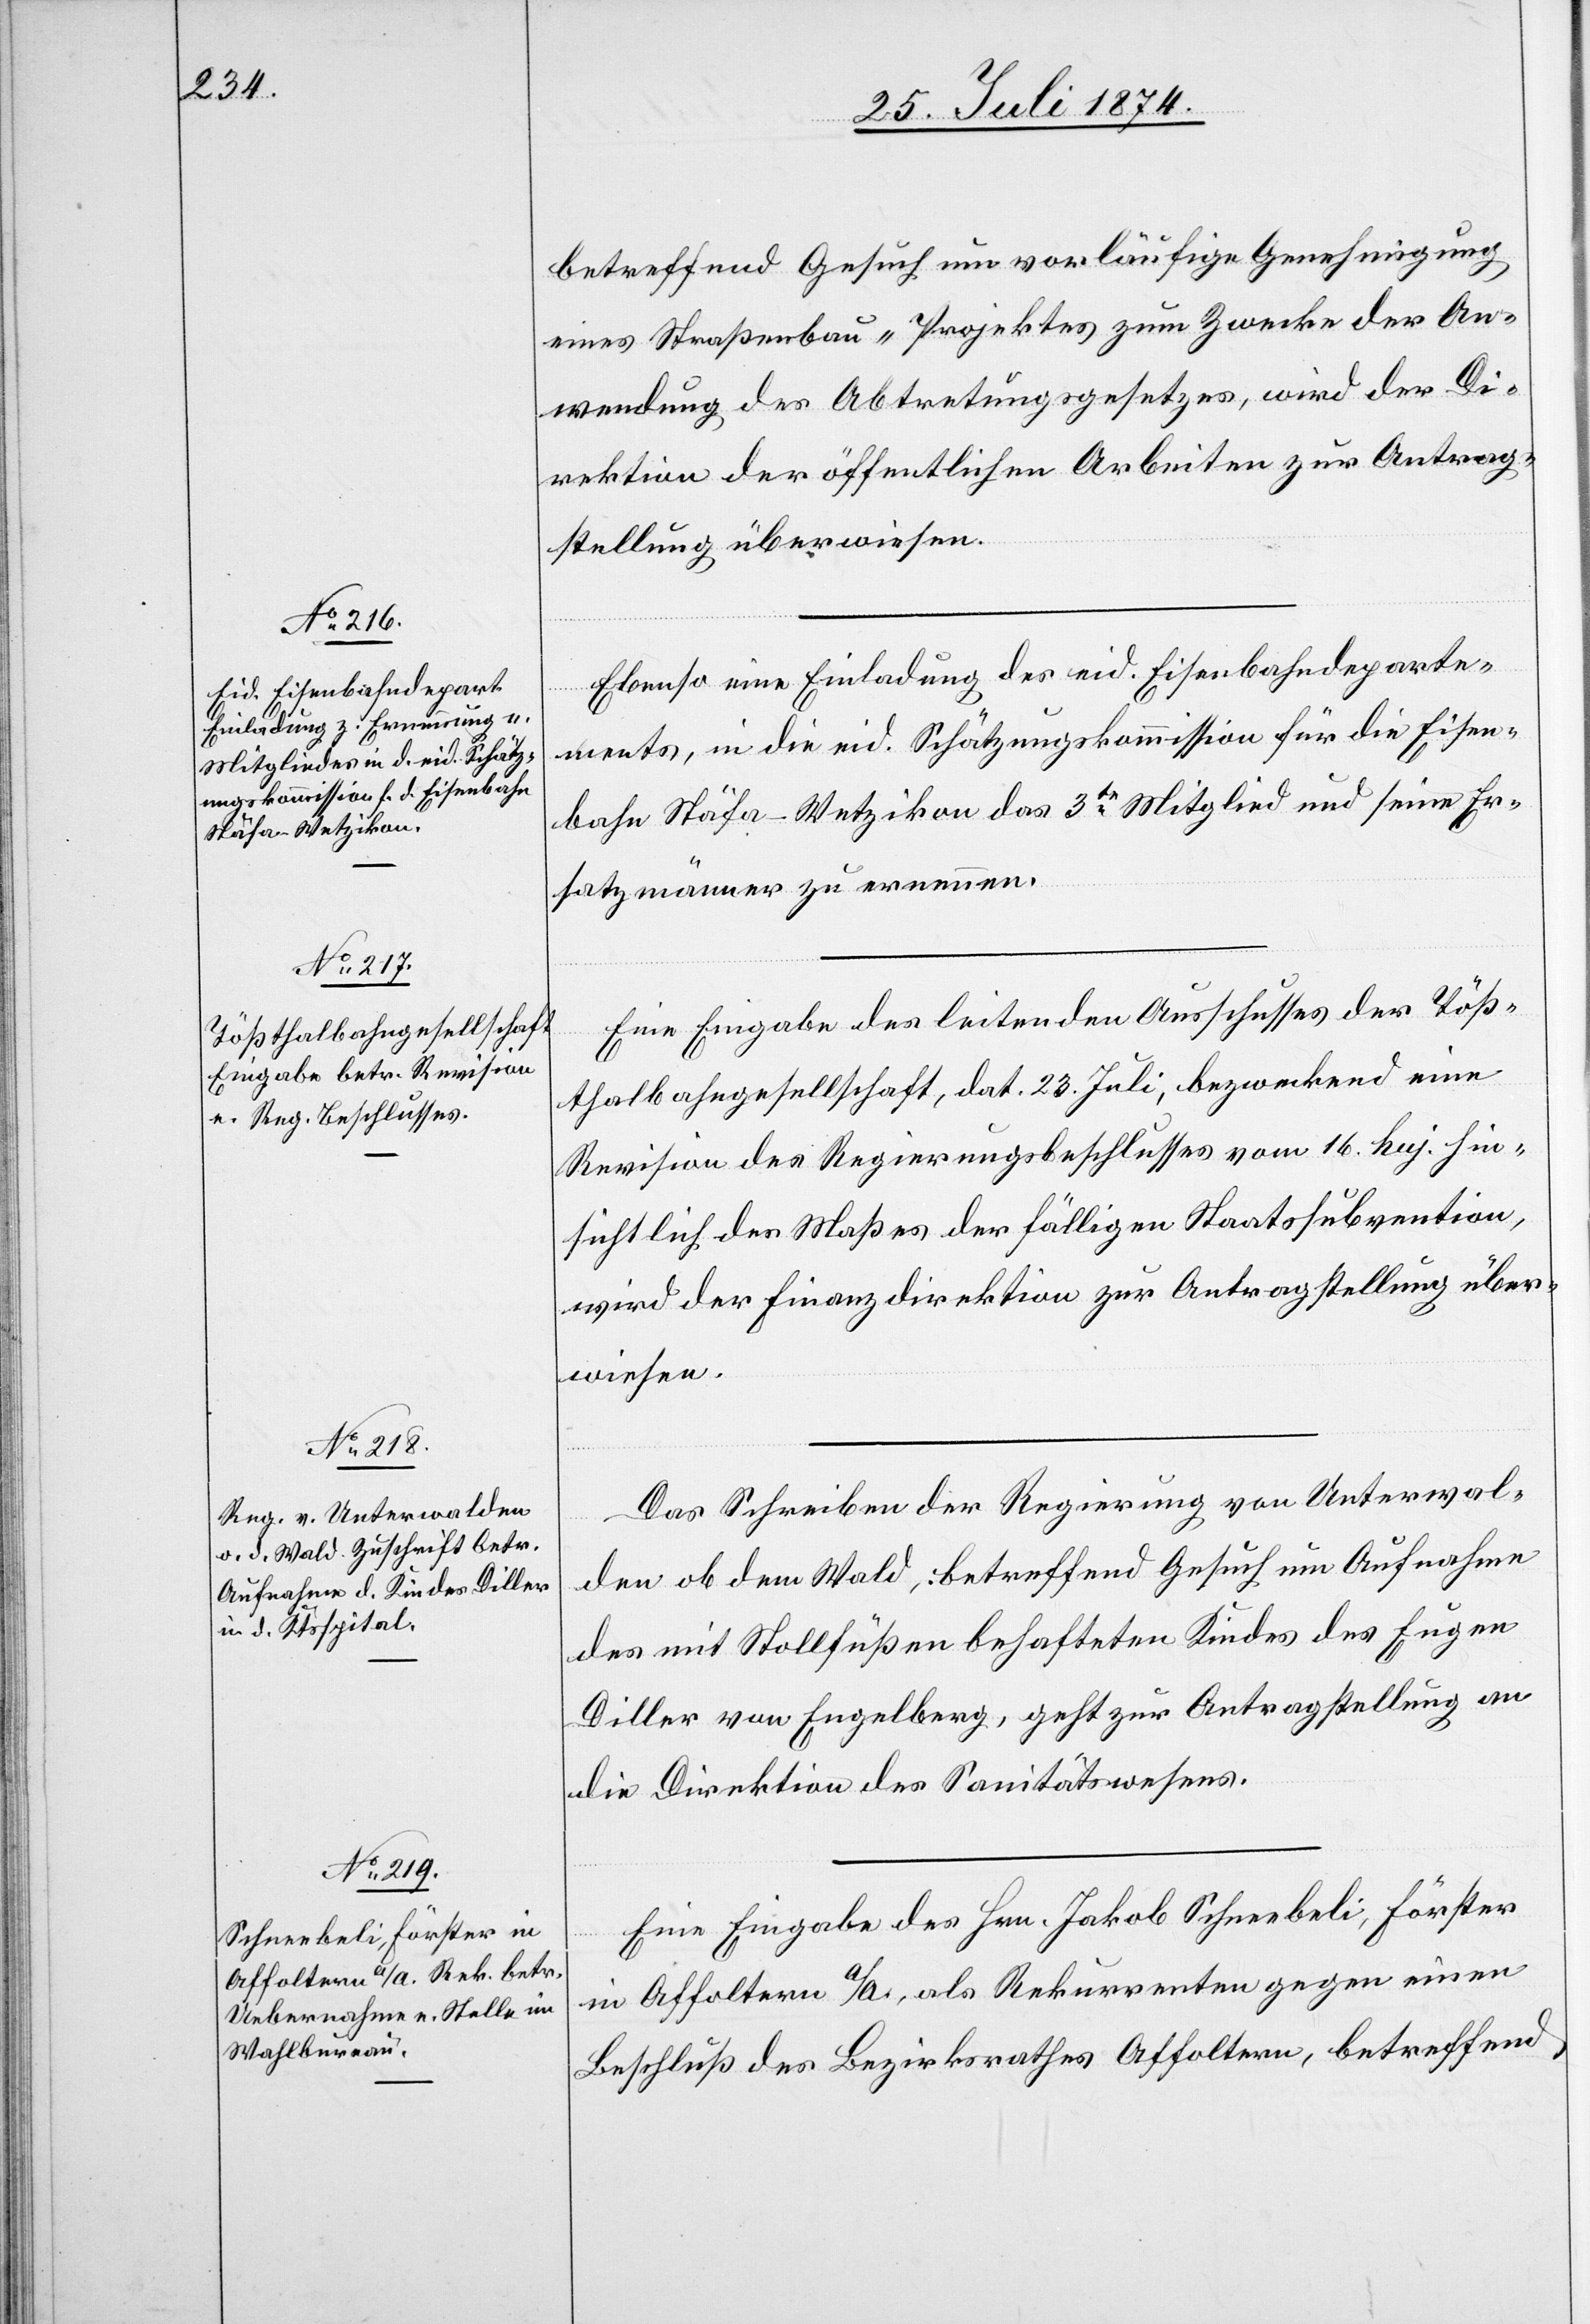
27. Juli 1874.]
betreffend Gesuch um vorläufige Genehmigung
eines Straßenbau-Projektes zum Zwecke der An¬
wendung des Abtretungsgesetzes, wird der Di¬
rektion der öffentlichen Arbeiten zur Antrag¬
stellung überwiesen.
Ebenso eine Einladung des eid. Eisenbahndeparte¬
ments, in die eid. Schätzungskommission für die Eisen¬
bahn Stäfa–Wetzikon das 3te Mitglied und seine Er¬
satzmänner zu ernennen.
Eine Eingabe des leitenden Ausschusses der Töß¬
thalbahngesellschaft, dat. 23. Juli, bezweckend eine
Revision des Regierungsbeschlusses vom 16. huj. hin¬
sichtlich des Maßes der fälligen Staatssubvention,
wird der Finanzdirektion zur Antragstellung über¬
wiesen.
Das Schreiben der Regierung von Unterwal¬
den ob dem Wald, betreffend Gesuch um Aufnahme
des mit Stollfüßen behafteten Kindes des Eugen
Diller von Engelberg, geht zur Antragstellung an
die Direktion des Sanitätswesens.
Eine Eingabe des Hrn. Jakob Schneebeli, Förster
in Affoltern a/A., als Rekurrenten gegen einen
Beschluß des Bezirksrathes Affoltern, betreffend